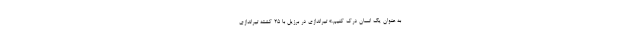
به عنوان یک انسان درک کنیم.» تیراندازی در برزیل با 25 کشته تیراندازی